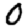
Digit: 0